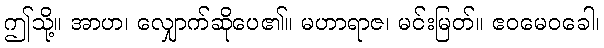
ဤသို့။ အာဟ၊ လျှောက်ဆိုပေ၏။ မဟာရာဇ၊ မင်းမြတ်။ ဧဝမေဝခေါ၊